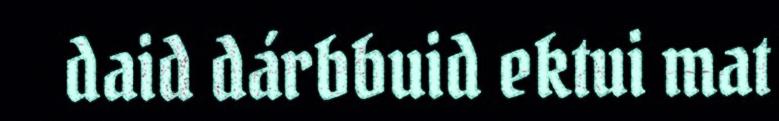
daid dárbbuid ektui mat